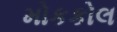
મોકકોલ